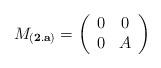
LaTeX: \begin{align*}M_{\bf (2.a)}=\left(\begin{array}{cc}0 & 0 \\ 0 & A\end{array}\right)\end{align*}